Vaccination in the Punjab 1905-1918 - 1905-1918
Year: 1905
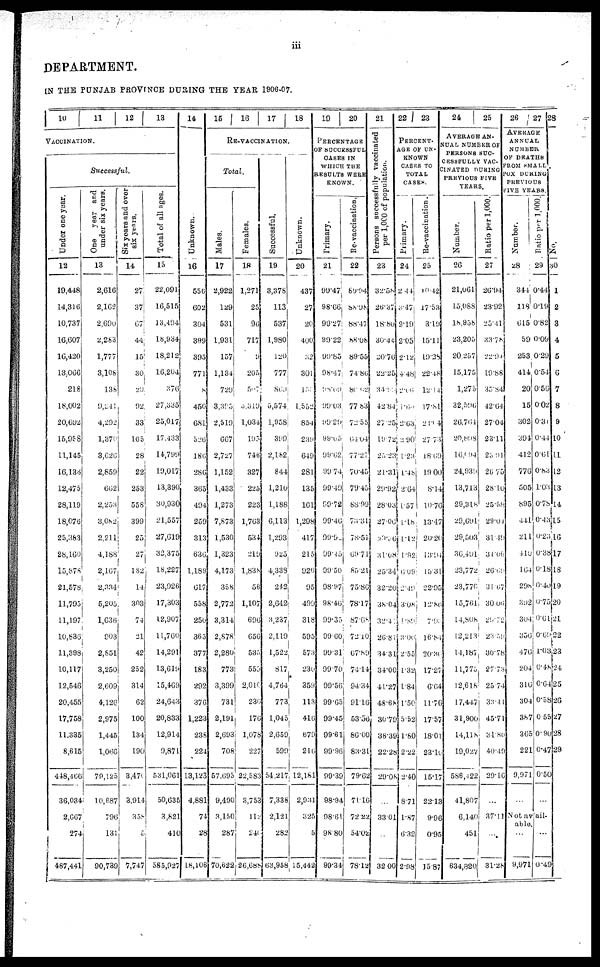
iii
DEPARTMENT.
IN THE PUNJAB PROVINCE DURING THE YEAR 1906-07.
10
11
12
13
VACCINATION.
Successful.
Under one year.
12
19,448
14,316
10,737
16,607
16,420
13,066
218
18,002
20,692
15,958
11,145
16,136
12,475
28,119
18,076
25,383
28,160
15,878
21,578
11,795
11,197
10,836
11,398
10,117
12,546
20,455
17,758
11,335
8,615
448,466
36,034
2,667
274
487,441
One year an
under six year
13
2,616
2,162
2,690
2,263
1,777
3,108
138
9,241
4,292
1,370
3,626
2,859
662
2,253
3,082
2,211
4,188
2,167
2,334
5,205
1,636
903
2,851
3,250
2,609
4,126
2,975
1,445
1,066
79,125
10,687
796
131
90,739
Six years and over
six years.
14
27
37
67
44
15
30
20
92
33
105
28
22
253
558
399
25
27
182
14
303
74
21
42
252
314
62
100
134
190
3,476
3,914
358
5
7,747
Total of all ages.
15
22,091
16,515
13,494
18,934
18,212
16,204
376
27,335
25,017
17,433
14,799
19,017
13,390
30,930
21,557
27,619
32,375
18,227
23,926
17,303
12,907
11,760
14,291
13,619
15,469
24,643
20,833
12,914
9,871
531,061
50,635
3,821
410
585,927
14
Unknown.
16
556
602
304
399
395
771
8
450
681
526
186
286
365
494
259
313
636
1,189
617
558
250
365
377
183
292
376
1,223
238
224
13,123
4,881
74
28
18,106
15
16
17
18
RE-VACCINATION.
Total.
Males.
17
2,922
129
531
1,931
157
1,134
729
3,395
2,519
667
2,727
1,152
1,433
1,273
7,873
1,530
1,323
4,173
358
2,772
3,314
2,878
2,280
773
3,399
731
2,191
2,693
708
57,095
9,490
3,150
287
70,622
Females.
18
1,271
25
96
717
9
205
507
3,319
1,034
195
746
327
225
223
1,703
534
219
1,838
56
1,107
696
656
535
559
2,010
230
176
1,078
227
22,583
3,753
112
240
26,688
Successful.
19
3,378
113
537
1,980
120
777
869
5,574
1,958
399
2,182
844
1,210
1,188
6,113
1,293
925
4,338
242
2,642
3,237
2,119
1,522
817
4,764
773
1,045
2,659
599
54,217
7,338
2,121
282
63,958
Unknown.
20
437
27
20
400
32
301
156
1,552
854
239
649
281
135
161
1,298
417
215
920
95
499
318
595
573
230
359
113
416
679
216
12,181
2,931
325
5
15,442
10
20
PERCENTAGE
OF SUCCESSFUL
CASES IN
WHICH THE
RESULTS WEEK
KNOWN.
Primary.
21
99.47
98.66
99.27
99.22
99.85
98.47
98.09
99.03
99.29
99.05
99.62
99.74
99.49
99.72
99.46
99.92
99.45
99.50
98.97
98.46
99.35
99.60
99.31
99.70
99.56
99.65
99.45
99.61
99.96
99.39
98.94
98.61
98.80
99.34
Re-vaccination.
22
89.94
88.98
88.47
88.08
89.55
74.86
80.02
77.83
72.55
64.04
77.27
70.45
79.45
88.99
73.31
78.51
69.71
85.21
75.86
78.17
87.68
72.10
67.89
74.14
94.34
91.16
53.56
86.00
83.31
79.62
71.10
72.22
54.02
78.12
21
Persons successfully vaccinated
per 1,000 of population.
23
32.58
26.37
18.80
30.44
20.76
22.25
34.13
42.84
27.25
19.72
25.23
21.31
29.92
28.03
27.06
20.36
31.08
25.34
32.20
38.04
32.41
26.81
34.31
34.00
41.27
48.68
30.79
38.39
22.28
29.08
...
33.01
...
32.00
22
23
PERCENT-
AGE OF UN-
KNOWN
CASES TO
TOTAL
CASES.
Primary.
24
2.44
3.47
2.19
2.05
2.12
4.48
2.66
1.60
2.63
2.90
1.23
1.48
2.64
1.57
1.18
1.12
1.92
6.09
2.49
3.08
4.89
3.00
2.55
1.32
1.84
1.50
5.52
1.80
2.22
2.40
8.71
1.87
6.32
2.98
Re-vaccination.
25
10.42
17.58
3.19
15.11
19.28
22.48
12.14
17.31
21.14
27.73
18.69
19.00
8.14
10.76
13.47
20.20
13.94
15.31
22.95
12.86
7.91
16.84
20.36
17.27
6.64
11.76
17.57
18.01
23.10
15.17
22.13
9.96
0.95
15.87
24
25
AVERAGE AN-
---- NUMBER OF
PERSONS SUC-
CESSFULLY VAC-
CINATED DURING
PREVIOUS FIVE
YEARS.
Number.
26
21,061
15,088
18,958
23,205
20,257
15,175
1,275
32,596
26,764
20,898
16,094
24,939
13,713
29,318
29,691
29,503
36,491
23,772
23,770
15,761
14,808
12,213
14,187
11,775
12,618
17,447
31,900
14,118
19,027
586,422
41,807
6,140
451
634,320
Ratio per 1,000.
27
26.94
23.92
25.41
33.78
22.94
19.88
35.84
42.64
27.04
23.11
23.91
26.75
28.10
25.58
29.04
31.49
34.06
26.69
31.67
30.06
29.72
23.39
30.78
27.73
25.74
38.41
45.71
34.8.
40.49
29.16
...
37.11
...
31.28
26
27
AVERAGE
ANNUAL
NUMBER
OF DEATHS
FROM SMALL
POX DURING
PREVIOUS
FIVE YEARS.
Number.
28
344
118
615
59
253
414
20
15
302
394
412
776
505
895
441
211
410
164
298
392
304
356
476
204
316
304
387
365
221
9,971
...
Patio per 1,000.
29
0.44
0.19
0.82
0.09
0.29
0.54
0.50
0.02
0.31
0.44
0.61
0.83
1.03
0.78
0.43
0.23
0.38
0.18
0.40
0.75
0.61
0.69
1.03
0.48
0.64
0.58
0.55
0.90
0.47
0.50
...
Not avail-
able.
...
9,971
...
0.49
28
No.
30
1
2
3
4
5
6
7
8
9
10
11
12
13
14
15
16
17
18
19
20
21
22
23
24
25
26
27
28
29